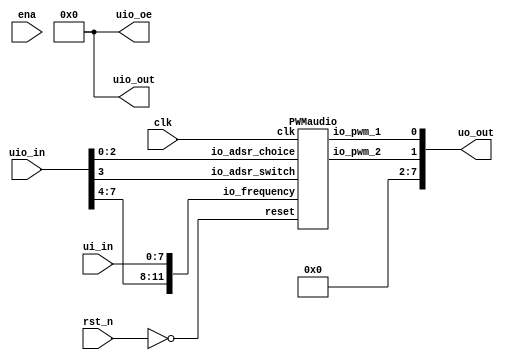
/*
 * Copyright (c) 2024 Thorsten Knoll
 * SPDX-License-Identifier: Apache-2.0
 */

`timescale 1ns/1ps 

`define default_netname none

module tt_um_thorkn_audiochip_v2 (
    input  wire [7:0] ui_in,    // Dedicated inputs
    output wire [7:0] uo_out,   // Dedicated outputs
    input  wire [7:0] uio_in,   // IOs: Input path
    output wire [7:0] uio_out,  // IOs: Output path
    output wire [7:0] uio_oe,   // IOs: Enable path (active high: 0=input, 1=output)
    input  wire       ena,      // will go high when the design is enabled
    input  wire       clk,      // clock
    input  wire       rst_n     // reset_n - low to reset
);

  wire  pwm_1_out;
  wire  pwm_2_out;
  wire  [11:0] frequency;
  wire 	reset;
  
  assign reset = !rst_n;
  assign frequency = {uio_in[7:4],ui_in[7:0]};

  PWMaudio pwm_audio (
    .io_pwm_1           (pwm_1_out                ), //o
    .io_pwm_2           (pwm_2_out                ), //o
    .io_frequency       (frequency                ), //i
    .io_adsr_switch     (uio_in[3]                ), //i
    .io_adsr_choice     (uio_in[2:0]              ), //i
    .clk                (clk                      ), //i
    .reset              (reset                    )  //i
  );

  // All output pins must be assigned. If not used, assign to 0.
  assign uo_out = {6'b0000_00, pwm_2_out, pwm_1_out}; 
  assign uio_out = 8'b0000_0000;
  assign uio_oe = 8'b0000_0000;

endmodule

module PWMaudio (
  output              io_pwm_1,
  output              io_pwm_2,
  input      [11:0]   io_frequency,
  input               io_adsr_switch,
  input      [2:0]    io_adsr_choice,
  input               clk,
  input               reset
);
  localparam fsm_adsr_enumDef_BOOT = 3'd0;
  localparam fsm_adsr_enumDef_stateEntry = 3'd1;
  localparam fsm_adsr_enumDef_stateAttack = 3'd2;
  localparam fsm_adsr_enumDef_stateDelay = 3'd3;
  localparam fsm_adsr_enumDef_stateSustain = 3'd4;
  localparam fsm_adsr_enumDef_stateRelease = 3'd5;

  wire       [11:0]   pwm_ctrl_io_freq;
  reg        [7:0]    pwm_ctrl_io_level;
  wire                pwm_ctrl_io_pwm_1;
  wire                pwm_ctrl_io_pwm_2;
  reg        [23:0]   adsr1;
  reg        [23:0]   adsr2;
  reg        [23:0]   adsr3;
  reg        [23:0]   adsr4;
  wire       [2:0]    switch_PWMaudio_l25;
  wire                fsm_adsr_wantExit;
  reg                 fsm_adsr_wantStart;
  wire                fsm_adsr_wantKill;
  reg        [23:0]   fsm_adsr_counter;
  reg        [7:0]    fsm_adsr_level_adsr;
  reg        [2:0]    fsm_adsr_stateReg;
  reg        [2:0]    fsm_adsr_stateNext;
  wire                when_PWMaudio_l110;
  wire                when_PWMaudio_l114;
  wire                when_PWMaudio_l124;
  wire                when_PWMaudio_l128;
  wire                when_PWMaudio_l139;
  wire                when_PWMaudio_l149;
  wire                when_PWMaudio_l153;
  wire                when_StateMachine_l238;
  wire                when_StateMachine_l238_1;
  wire                when_StateMachine_l238_2;
  wire                when_StateMachine_l238_3;
  `ifndef SYNTHESIS
  reg [95:0] fsm_adsr_stateReg_string;
  reg [95:0] fsm_adsr_stateNext_string;
  `endif


  PWMctrl pwm_ctrl (
    .io_freq     (pwm_ctrl_io_freq[11:0]  ), //i
    .io_level    (pwm_ctrl_io_level[7:0]  ), //i
    .io_pwm_1    (pwm_ctrl_io_pwm_1       ), //o
    .io_pwm_2    (pwm_ctrl_io_pwm_2       ), //o
    .clk         (clk                     ), //i
    .reset       (reset                   )  //i
  );
  `ifndef SYNTHESIS
  always @(*) begin
    case(fsm_adsr_stateReg)
      fsm_adsr_enumDef_BOOT : fsm_adsr_stateReg_string = "BOOT        ";
      fsm_adsr_enumDef_stateEntry : fsm_adsr_stateReg_string = "stateEntry  ";
      fsm_adsr_enumDef_stateAttack : fsm_adsr_stateReg_string = "stateAttack ";
      fsm_adsr_enumDef_stateDelay : fsm_adsr_stateReg_string = "stateDelay  ";
      fsm_adsr_enumDef_stateSustain : fsm_adsr_stateReg_string = "stateSustain";
      fsm_adsr_enumDef_stateRelease : fsm_adsr_stateReg_string = "stateRelease";
      default : fsm_adsr_stateReg_string = "????????????";
    endcase
  end
  always @(*) begin
    case(fsm_adsr_stateNext)
      fsm_adsr_enumDef_BOOT : fsm_adsr_stateNext_string = "BOOT        ";
      fsm_adsr_enumDef_stateEntry : fsm_adsr_stateNext_string = "stateEntry  ";
      fsm_adsr_enumDef_stateAttack : fsm_adsr_stateNext_string = "stateAttack ";
      fsm_adsr_enumDef_stateDelay : fsm_adsr_stateNext_string = "stateDelay  ";
      fsm_adsr_enumDef_stateSustain : fsm_adsr_stateNext_string = "stateSustain";
      fsm_adsr_enumDef_stateRelease : fsm_adsr_stateNext_string = "stateRelease";
      default : fsm_adsr_stateNext_string = "????????????";
    endcase
  end
  `endif

  assign switch_PWMaudio_l25 = io_adsr_choice;
  always @(*) begin
    case(switch_PWMaudio_l25)
      3'b000 : begin
        adsr1 = 24'h000032;
      end
      3'b001 : begin
        adsr1 = 24'h000032;
      end
      3'b010 : begin
        adsr1 = 24'h00000a;
      end
      3'b011 : begin
        adsr1 = 24'h00000a;
      end
      3'b100 : begin
        adsr1 = 24'h0003e8;
      end
      3'b101 : begin
        adsr1 = 24'h0003e8;
      end
      3'b110 : begin
        adsr1 = 24'h001388;
      end
      default : begin
        adsr1 = 24'h001388;
      end
    endcase
  end

  always @(*) begin
    case(switch_PWMaudio_l25)
      3'b000 : begin
        adsr2 = 24'h000064;
      end
      3'b001 : begin
        adsr2 = 24'h0001f4;
      end
      3'b010 : begin
        adsr2 = 24'h0005dc;
      end
      3'b011 : begin
        adsr2 = 24'h0007d0;
      end
      3'b100 : begin
        adsr2 = 24'h000064;
      end
      3'b101 : begin
        adsr2 = 24'h0007d0;
      end
      3'b110 : begin
        adsr2 = 24'h0003e8;
      end
      default : begin
        adsr2 = 24'h001388;
      end
    endcase
  end

  always @(*) begin
    case(switch_PWMaudio_l25)
      3'b000 : begin
        adsr3 = 24'h0001f4;
      end
      3'b001 : begin
        adsr3 = 24'h0001f4;
      end
      3'b010 : begin
        adsr3 = 24'h0003e8;
      end
      3'b011 : begin
        adsr3 = 24'h0005dc;
      end
      3'b100 : begin
        adsr3 = 24'h0007d0;
      end
      3'b101 : begin
        adsr3 = 24'h0007d0;
      end
      3'b110 : begin
        adsr3 = 24'h0001f4;
      end
      default : begin
        adsr3 = 24'h0003e8;
      end
    endcase
  end

  always @(*) begin
    case(switch_PWMaudio_l25)
      3'b000 : begin
        adsr4 = 24'h000064;
      end
      3'b001 : begin
        adsr4 = 24'h000064;
      end
      3'b010 : begin
        adsr4 = 24'h000190;
      end
      3'b011 : begin
        adsr4 = 24'h000190;
      end
      3'b100 : begin
        adsr4 = 24'h000190;
      end
      3'b101 : begin
        adsr4 = 24'h0003e8;
      end
      3'b110 : begin
        adsr4 = 24'h000190;
      end
      default : begin
        adsr4 = 24'h002710;
      end
    endcase
  end

  assign io_pwm_1 = pwm_ctrl_io_pwm_1;
  assign io_pwm_2 = pwm_ctrl_io_pwm_2;
  assign pwm_ctrl_io_freq = io_frequency;
  assign fsm_adsr_wantExit = 1'b0;
  always @(*) begin
    fsm_adsr_wantStart = 1'b0;
    case(fsm_adsr_stateReg)
      fsm_adsr_enumDef_stateEntry : begin
      end
      fsm_adsr_enumDef_stateAttack : begin
      end
      fsm_adsr_enumDef_stateDelay : begin
      end
      fsm_adsr_enumDef_stateSustain : begin
      end
      fsm_adsr_enumDef_stateRelease : begin
      end
      default : begin
        fsm_adsr_wantStart = 1'b1;
      end
    endcase
  end

  assign fsm_adsr_wantKill = 1'b0;
  always @(*) begin
    if(io_adsr_switch) begin
      pwm_ctrl_io_level = fsm_adsr_level_adsr;
    end else begin
      pwm_ctrl_io_level = 8'hff;
    end
  end

  always @(*) begin
    fsm_adsr_stateNext = fsm_adsr_stateReg;
    case(fsm_adsr_stateReg)
      fsm_adsr_enumDef_stateEntry : begin
        fsm_adsr_stateNext = fsm_adsr_enumDef_stateAttack;
      end
      fsm_adsr_enumDef_stateAttack : begin
        if(when_PWMaudio_l114) begin
          fsm_adsr_stateNext = fsm_adsr_enumDef_stateDelay;
        end
      end
      fsm_adsr_enumDef_stateDelay : begin
        if(when_PWMaudio_l128) begin
          fsm_adsr_stateNext = fsm_adsr_enumDef_stateSustain;
        end
      end
      fsm_adsr_enumDef_stateSustain : begin
        if(when_PWMaudio_l139) begin
          fsm_adsr_stateNext = fsm_adsr_enumDef_stateRelease;
        end
      end
      fsm_adsr_enumDef_stateRelease : begin
        if(when_PWMaudio_l153) begin
          fsm_adsr_stateNext = fsm_adsr_enumDef_stateEntry;
        end
      end
      default : begin
      end
    endcase
    if(fsm_adsr_wantStart) begin
      fsm_adsr_stateNext = fsm_adsr_enumDef_stateEntry;
    end
    if(fsm_adsr_wantKill) begin
      fsm_adsr_stateNext = fsm_adsr_enumDef_BOOT;
    end
  end

  assign when_PWMaudio_l110 = (adsr1 <= fsm_adsr_counter);
  assign when_PWMaudio_l114 = (fsm_adsr_level_adsr == 8'hff);
  assign when_PWMaudio_l124 = (adsr2 <= fsm_adsr_counter);
  assign when_PWMaudio_l128 = (fsm_adsr_level_adsr == 8'h7f);
  assign when_PWMaudio_l139 = (adsr3 <= fsm_adsr_counter);
  assign when_PWMaudio_l149 = (adsr4 <= fsm_adsr_counter);
  assign when_PWMaudio_l153 = (fsm_adsr_level_adsr == 8'h0);
  assign when_StateMachine_l238 = ((! (fsm_adsr_stateReg == fsm_adsr_enumDef_stateAttack)) && (fsm_adsr_stateNext == fsm_adsr_enumDef_stateAttack));
  assign when_StateMachine_l238_1 = ((! (fsm_adsr_stateReg == fsm_adsr_enumDef_stateDelay)) && (fsm_adsr_stateNext == fsm_adsr_enumDef_stateDelay));
  assign when_StateMachine_l238_2 = ((! (fsm_adsr_stateReg == fsm_adsr_enumDef_stateSustain)) && (fsm_adsr_stateNext == fsm_adsr_enumDef_stateSustain));
  assign when_StateMachine_l238_3 = ((! (fsm_adsr_stateReg == fsm_adsr_enumDef_stateRelease)) && (fsm_adsr_stateNext == fsm_adsr_enumDef_stateRelease));
  always @(posedge clk or posedge reset) begin
    if(reset) begin
      fsm_adsr_counter <= 24'h0;
      fsm_adsr_level_adsr <= 8'h0;
      fsm_adsr_stateReg <= fsm_adsr_enumDef_BOOT;
    end else begin
      fsm_adsr_stateReg <= fsm_adsr_stateNext;
      case(fsm_adsr_stateReg)
        fsm_adsr_enumDef_stateEntry : begin
        end
        fsm_adsr_enumDef_stateAttack : begin
          fsm_adsr_counter <= (fsm_adsr_counter + 24'h000001);
          if(when_PWMaudio_l110) begin
            fsm_adsr_level_adsr <= (fsm_adsr_level_adsr + 8'h01);
            fsm_adsr_counter <= 24'h0;
          end
        end
        fsm_adsr_enumDef_stateDelay : begin
          fsm_adsr_counter <= (fsm_adsr_counter + 24'h000001);
          if(when_PWMaudio_l124) begin
            fsm_adsr_level_adsr <= (fsm_adsr_level_adsr - 8'h01);
            fsm_adsr_counter <= 24'h0;
          end
        end
        fsm_adsr_enumDef_stateSustain : begin
          fsm_adsr_counter <= (fsm_adsr_counter + 24'h000001);
          fsm_adsr_level_adsr <= 8'h7f;
        end
        fsm_adsr_enumDef_stateRelease : begin
          fsm_adsr_counter <= (fsm_adsr_counter + 24'h000001);
          if(when_PWMaudio_l149) begin
            fsm_adsr_level_adsr <= (fsm_adsr_level_adsr - 8'h01);
            fsm_adsr_counter <= 24'h0;
          end
        end
        default : begin
        end
      endcase
      if(when_StateMachine_l238) begin
        fsm_adsr_counter <= 24'h0;
      end
      if(when_StateMachine_l238_1) begin
        fsm_adsr_counter <= 24'h0;
      end
      if(when_StateMachine_l238_2) begin
        fsm_adsr_counter <= 24'h0;
      end
      if(when_StateMachine_l238_3) begin
        fsm_adsr_counter <= 24'h0;
      end
    end
  end


endmodule

module PWMctrl (
  input      [11:0]   io_freq,
  input      [7:0]    io_level,
  output              io_pwm_1,
  output              io_pwm_2,
  input               clk,
  input               reset
);

  wire                pwmdriver_1_1_io_pwm;
  wire                pwmdriver_2_io_pwm;
  wire       [11:0]   _zz_freq_counter_valueNext;
  wire       [0:0]    _zz_freq_counter_valueNext_1;
  wire       [7:0]    _zz_pwm_steps_counter_valueNext;
  wire       [0:0]    _zz_pwm_steps_counter_valueNext_1;
  reg                 freq_counter_willIncrement;
  reg                 freq_counter_willClear;
  reg        [11:0]   freq_counter_valueNext;
  reg        [11:0]   freq_counter_value;
  wire                freq_counter_willOverflowIfInc;
  wire                freq_counter_willOverflow;
  reg                 pwm_steps_counter_willIncrement;
  wire                pwm_steps_counter_willClear;
  reg        [7:0]    pwm_steps_counter_valueNext;
  reg        [7:0]    pwm_steps_counter_value;
  wire                pwm_steps_counter_willOverflowIfInc;
  wire                pwm_steps_counter_willOverflow;
  reg        [7:0]    duty_cycle_1;
  wire                when_PWMctrl_l23;
  wire                when_PWMctrl_l29;
  function  zz_freq_counter_willIncrement(input dummy);
    begin
      zz_freq_counter_willIncrement = 1'b0;
      zz_freq_counter_willIncrement = 1'b1;
    end
  endfunction
  wire  _zz_1;

  assign _zz_freq_counter_valueNext_1 = freq_counter_willIncrement;
  assign _zz_freq_counter_valueNext = {11'd0, _zz_freq_counter_valueNext_1};
  assign _zz_pwm_steps_counter_valueNext_1 = pwm_steps_counter_willIncrement;
  assign _zz_pwm_steps_counter_valueNext = {7'd0, _zz_pwm_steps_counter_valueNext_1};
  PWMdriver pwmdriver_1_1 (
    .io_dutyCycle    (duty_cycle_1[7:0]     ), //i
    .io_pwm          (pwmdriver_1_1_io_pwm  ), //o
    .clk             (clk                   ), //i
    .reset           (reset                 )  //i
  );
  PWMdriver pwmdriver_2 (
    .io_dutyCycle    (pwm_steps_counter_value[7:0]  ), //i
    .io_pwm          (pwmdriver_2_io_pwm            ), //o
    .clk             (clk                           ), //i
    .reset           (reset                         )  //i
  );
  assign _zz_1 = zz_freq_counter_willIncrement(1'b0);
  always @(*) freq_counter_willIncrement = _zz_1;
  always @(*) begin
    freq_counter_willClear = 1'b0;
    if(when_PWMctrl_l23) begin
      freq_counter_willClear = 1'b1;
    end
  end

  assign freq_counter_willOverflowIfInc = (freq_counter_value == 12'hfff);
  assign freq_counter_willOverflow = (freq_counter_willOverflowIfInc && freq_counter_willIncrement);
  always @(*) begin
    freq_counter_valueNext = (freq_counter_value + _zz_freq_counter_valueNext);
    if(freq_counter_willClear) begin
      freq_counter_valueNext = 12'h0;
    end
  end

  always @(*) begin
    pwm_steps_counter_willIncrement = 1'b0;
    if(when_PWMctrl_l23) begin
      pwm_steps_counter_willIncrement = 1'b1;
    end
  end

  assign pwm_steps_counter_willClear = 1'b0;
  assign pwm_steps_counter_willOverflowIfInc = (pwm_steps_counter_value == 8'hff);
  assign pwm_steps_counter_willOverflow = (pwm_steps_counter_willOverflowIfInc && pwm_steps_counter_willIncrement);
  always @(*) begin
    pwm_steps_counter_valueNext = (pwm_steps_counter_value + _zz_pwm_steps_counter_valueNext);
    if(pwm_steps_counter_willClear) begin
      pwm_steps_counter_valueNext = 8'h0;
    end
  end

  assign io_pwm_1 = pwmdriver_1_1_io_pwm;
  assign when_PWMctrl_l23 = (freq_counter_value == io_freq);
  assign when_PWMctrl_l29 = (pwm_steps_counter_value < 8'h7f);
  always @(*) begin
    if(when_PWMctrl_l29) begin
      duty_cycle_1 = 8'h0;
    end else begin
      duty_cycle_1 = io_level;
    end
  end

  assign io_pwm_2 = pwmdriver_2_io_pwm;
  always @(posedge clk or posedge reset) begin
    if(reset) begin
      freq_counter_value <= 12'h0;
      pwm_steps_counter_value <= 8'h0;
    end else begin
      freq_counter_value <= freq_counter_valueNext;
      pwm_steps_counter_value <= pwm_steps_counter_valueNext;
    end
  end


endmodule

//PWMdriver replaced by PWMdriver

module PWMdriver (
  input      [7:0]    io_dutyCycle,
  output              io_pwm,
  input               clk,
  input               reset
);

  wire       [7:0]    _zz_counter_valueNext;
  wire       [0:0]    _zz_counter_valueNext_1;
  reg                 counter_willIncrement;
  wire                counter_willClear;
  reg        [7:0]    counter_valueNext;
  reg        [7:0]    counter_value;
  wire                counter_willOverflowIfInc;
  wire                counter_willOverflow;
  function  zz_counter_willIncrement(input dummy);
    begin
      zz_counter_willIncrement = 1'b0;
      zz_counter_willIncrement = 1'b1;
    end
  endfunction
  wire  _zz_1;

  assign _zz_counter_valueNext_1 = counter_willIncrement;
  assign _zz_counter_valueNext = {7'd0, _zz_counter_valueNext_1};
  assign _zz_1 = zz_counter_willIncrement(1'b0);
  always @(*) counter_willIncrement = _zz_1;
  assign counter_willClear = 1'b0;
  assign counter_willOverflowIfInc = (counter_value == 8'hff);
  assign counter_willOverflow = (counter_willOverflowIfInc && counter_willIncrement);
  always @(*) begin
    counter_valueNext = (counter_value + _zz_counter_valueNext);
    if(counter_willClear) begin
      counter_valueNext = 8'h0;
    end
  end

  assign io_pwm = (counter_value < io_dutyCycle);
  always @(posedge clk or posedge reset) begin
    if(reset) begin
      counter_value <= 8'h0;
    end else begin
      counter_value <= counter_valueNext;
    end
  end


endmodule